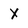
Character: x